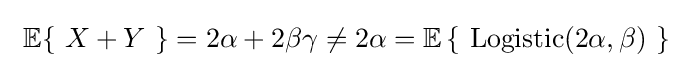
\ \operatorname {\mathbb {E} } \{\ X+Y\ \}=2\alpha +2\beta \gamma \neq 2\alpha =\operatorname {\mathbb {E} } \left\{\ \operatorname {Logistic} (2\alpha ,\beta )\ \right\}~